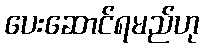
ပေးဆောင်ရမည်ဟု